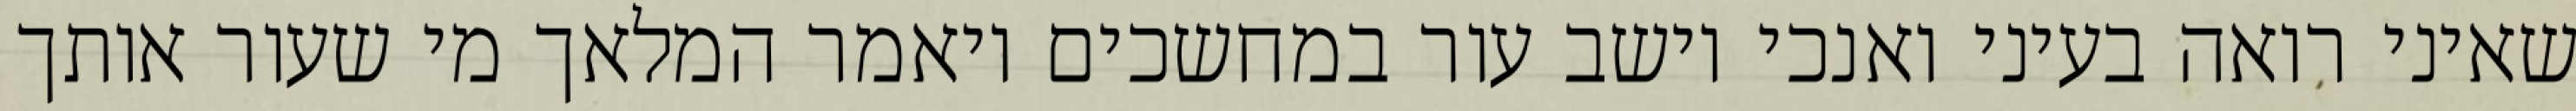
שאיני רואה בעיני ואנכי יושב עור במחשכים ויאמר המלאך מי שעור אותך